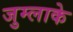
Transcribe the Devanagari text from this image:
जुम्लाके